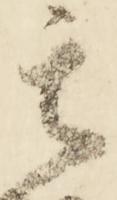
其